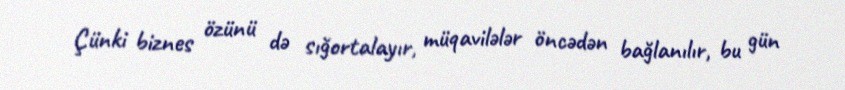
Çünki biznes özünü də sığortalayır, müqavilələr öncədən bağlanılır, bu gün